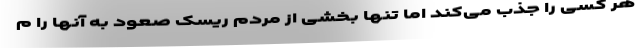
هر کسی را جذب می‌کند اما تنها بخشی از مردم ریسک صعود به آنها را م